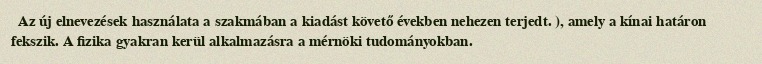
Az új elnevezések használata a szakmában a kiadást követő években nehezen terjedt. ), amely a kínai határon fekszik. A fizika gyakran kerül alkalmazásra a mérnöki tudományokban.